Report of the Hyderabad Chloroform Commission
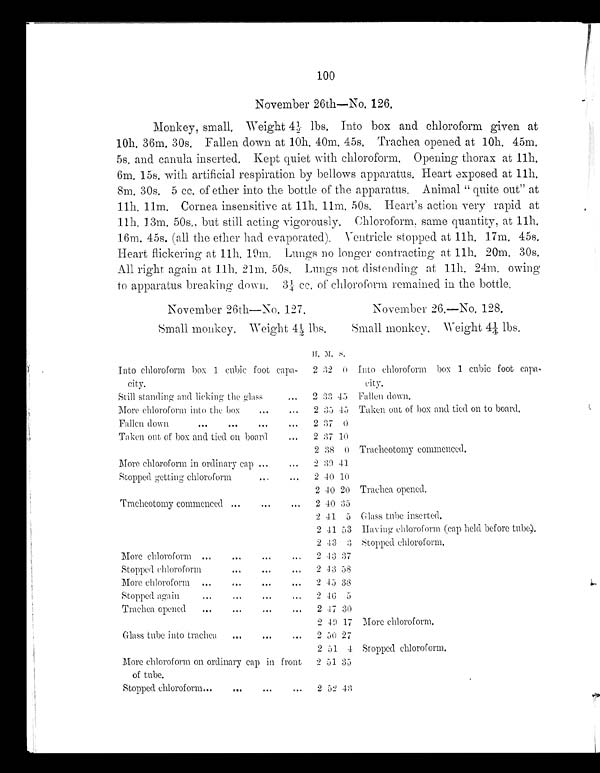
100
November 26th—No, 126,
Monkey, small, Weight 4¼ lbs, Into box and chloroform given at
10h. 36m, 30s, Fallen down at 10h. 40m, 45s, Trachea opened at 10h, 45m,
5s. and canula inserted. Kept quiet with chloroform. Opening thorax at 11h.
6m. 15s. with artificial_ respiration by bellows apparatus. Heart exposed at 11h,
8m. 30s. 5 cc, of ether into the bottle of the apparatus. Animal " quite out" at
11h. 11m, Cornea insensitive at 11h, 11m„ 50s, Heart's action very rapid at
11h, 13m, 50s., but still acting vigorously, Chloroform, same quantity, at 11h.
16m. 45s. (all the ether had evaporated). Ventricle stopped at 11h. 17m, 45s.
Heart flickering at 11h, 19in, Lungs no longer contracting at 11h, 20m, 30s.
All right again at 11h. 21m, 50s, Lun gs not distending at 11h. 24m. owing
to apparatus breaking down, 3¼ cc, of chloroform remained in the bottle,
November 26th—No. 127.
Small monkey, Weight 4½ lbs,
November 26.--No. 128.
Small monke y . Weight 4¼ llbs.
II, M. H, M. S
Into chloroform box 1 cubic foot capa-
city.
2 32 0
Still standing and licking the glass ...
2 33 45
More chloroform into the box
...
•••
2 35 45
Fallen down
.•.
...
...
• • •
2 37 0
Taken out of box and tied on board
•••
2 37 10
2 38 0
More chloroform in ordinary cap ...
2 30 41
Stopped getting chloroform
...
...
2 40 10
2 40 20
Tracheotomy commenced • •
•
•.• •
2 40
3 5
2 41 5
2 41 53
2 43 3
More chloroform ...
...
...
...
2 43 37
Stopped chloroform..,
...
2 43 58
More chloroform ...... "
.•.
2 45 38
Stoppedagain... •"
2 46 5
*so
Trachea opened
......
2 47 30
2 49 17
Glass tube into trachea
...
...
...
2 50 27
2 51 4
More chloroform on ordinary cap in front
of tube.
2 51 33
Stopped chloroform...
...
.,.
...
2 52 43
Into chloroform box 1 cubic foot capa-
city.
Fallen down.
Taken out of box and tied on to board,
Tracheotomy commenced,
Trachea opened.
Glass tube inserted,
Having chloroform (cap held before tube).
Stopped chloroform.
More chloroform,
Stopped chloroform,